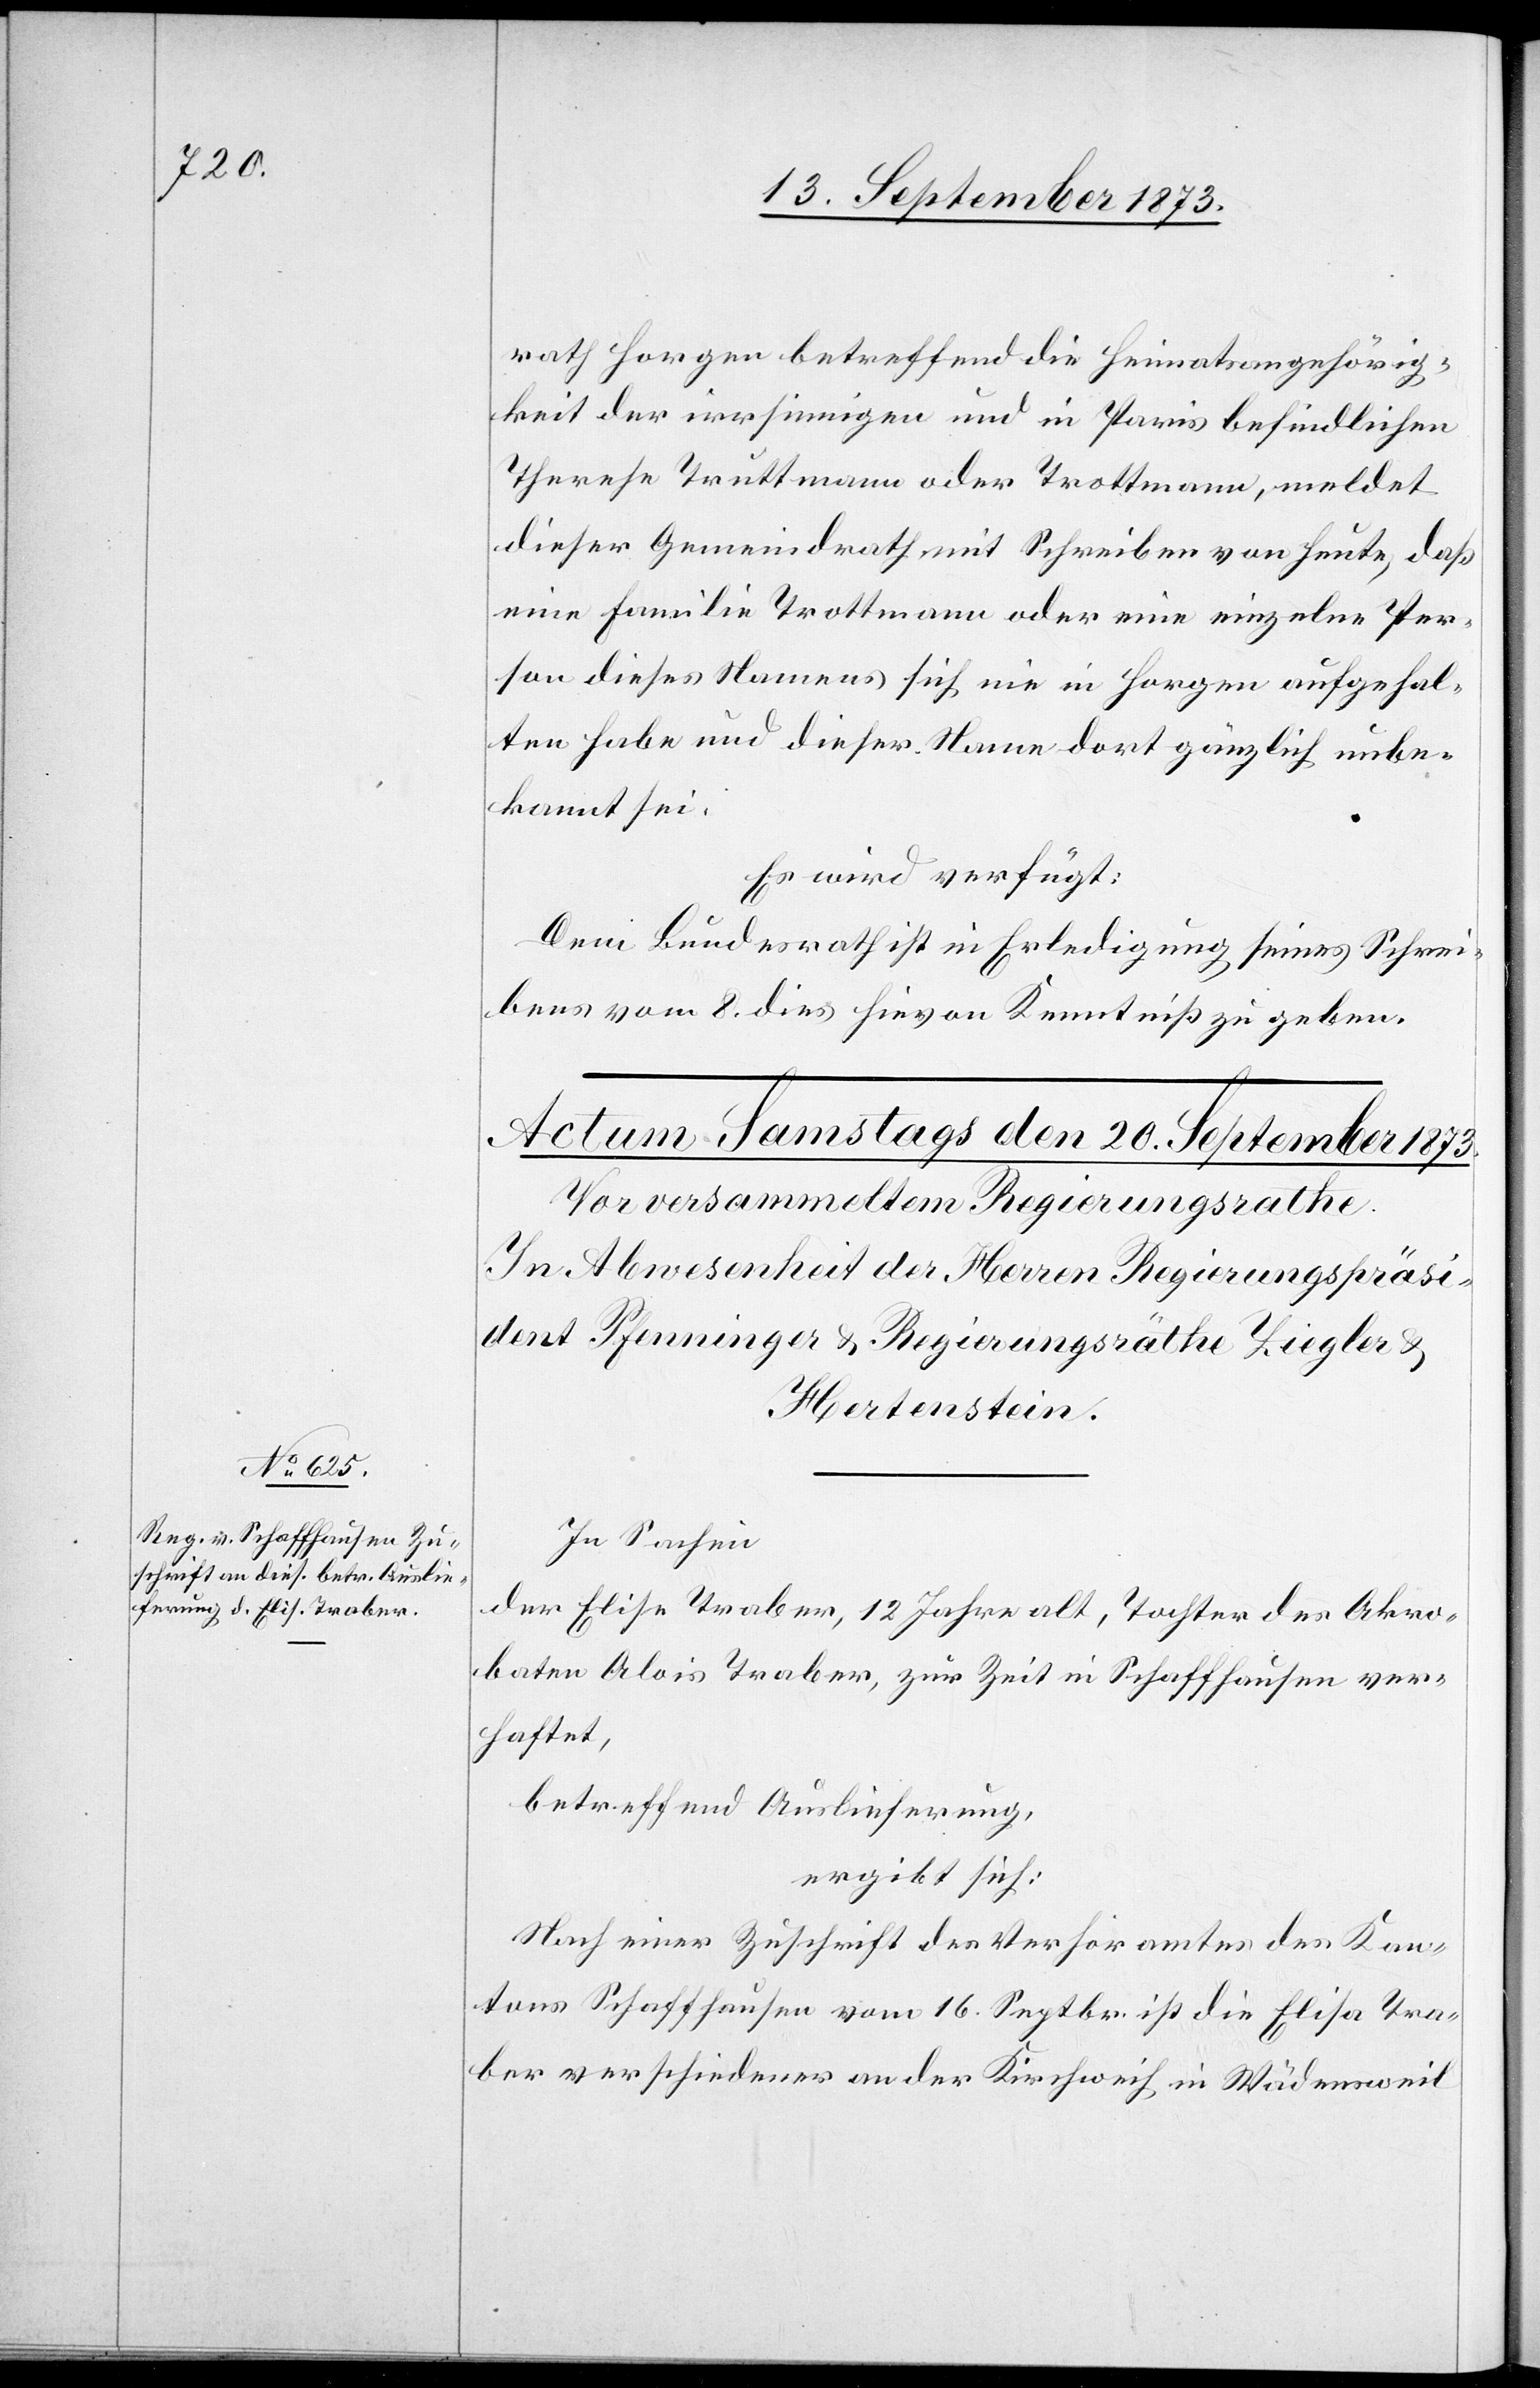
c!] Tra¬

rath Horgen betreffend die Heimatsangehörig¬
keit der irrsinnigen und in Paris befindlichen
Therese Truttmann oder Trottmann, meldet
dieser Gemeindrath mit Schreiben von heute, daß
eine Familie Trottmann oder eine einzelne Per¬
son dieses Namens sich nie in Horgen aufgehal¬
ten habe und dieser Name dort gänzlich unbe¬
kannt sei.
Es wird verfügt:
Dem Bundesrath ist in Erledigung seines Schrei¬
bens vom 8. dies hievon Kenntniß zu geben.
In Sachen
der Elise Traber, 12 Jahre alt, Tochter des Akro¬
baten Alois Traber, zur Zeit in Schaffhausen ver¬
haftet,
betreffend Auslieferung,
ergibt sich:
Nach einer Zuschrift des Verhöramtes des Kan¬
tons Schaffhausen vom 16. Septbr. ist die Elisa [si¬
ber verschiedener an der Kirchweih in Wädensweil